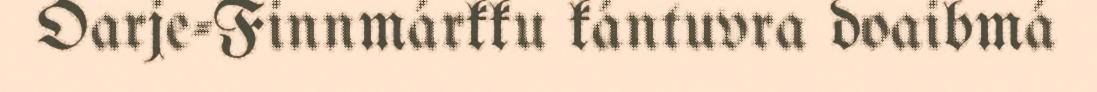
Oarje-Finnmárkku kántuvra doaibmá